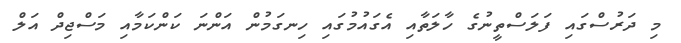
މި ދަރުސްގައި ފަލަސްތީނުގެ ހާލަތާއި އެގައުމުގައި ހިނގަމުން އަންނަ ކަންކަމާއި މަސްޖިދް އަލް